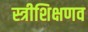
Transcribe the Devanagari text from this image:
स्त्रीशिक्षणव